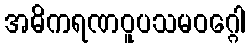
အဓိကရဏဝူပသမဝဂ္ဂေါ